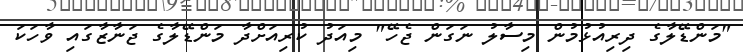
"މަންޑޭލާގެ ދިރިއުޅުމުން މިސާލު ނަގަން ޖެހޭ" މިއަދު ކުރިއަށްދާ މަންޑޭލާގެ ޖަނާޒާގައި ވާހަކަ